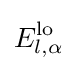
E_{l,\alpha }^{\text{lo}}